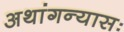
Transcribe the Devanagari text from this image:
अथांगन्यासः